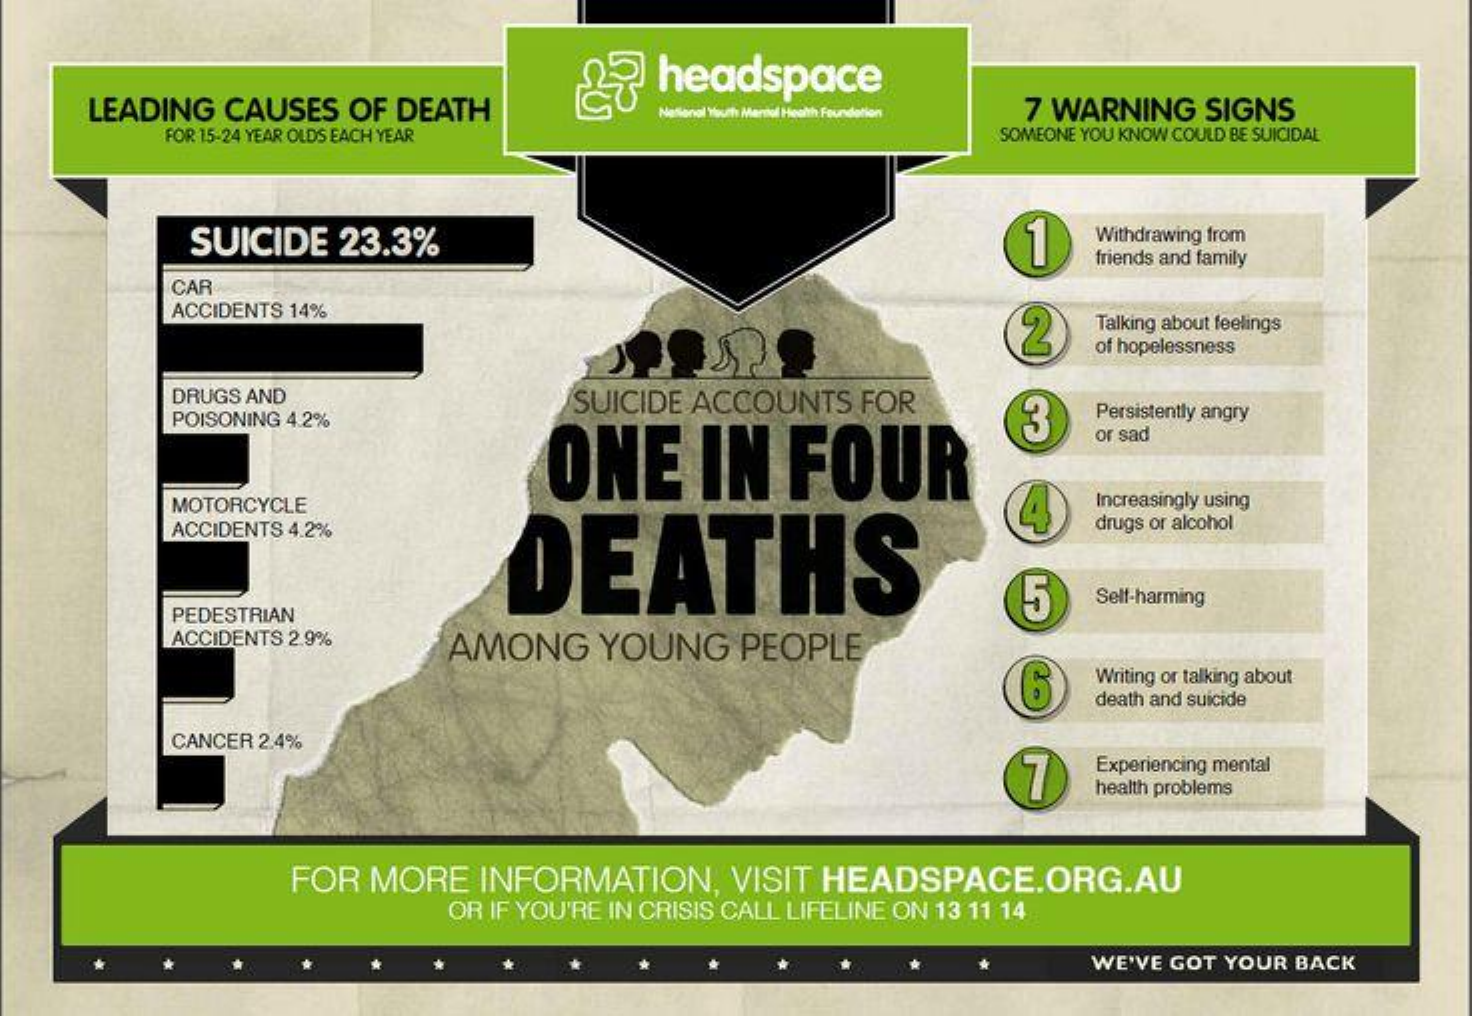
headspace
     LEADING CAUSES OF DEATH    National Youth Mental Health Foundation 7 WARNING SIGNS
     FOR 15-24 YEAR OLDS EACH YEAR    SOMEONE YOU KNOW COULD BE SUICIDAL
     SUICIDE 23.3%    11  Withdrawing from
     friends and family
     CAR
     ACCIDENTS 14%
     2   Talking about feelings
     of hopelessness
     DRUGS AND    SUICIDE ACCOUNTS FOR
     POISONING 4.2%    Persistently angry
     ONE    IN   FOUR
     3
     or sad
     MOTORCYCLE
     DEATHS
     Increasingly using
     ACCIDENTS 4.2%    drugs or alcohol
     5   Self-harming
     PEDESTRIAN
     ACCIDENTS 2.9%  AMONG   YOUNG   PEOPLE
     6
     Writing or talking about
     death and suicide
     CANCER 2.4%
     7
     Experiencing mental
     health problems
     FOR MORE  INFORMATION,  VISIT HEADSPACE.ORG.AU
     OR IF YOU'RE IN CRISIS CALL LIFELINE ON 13 11 14
     WE'VE GOT YOUR BACK